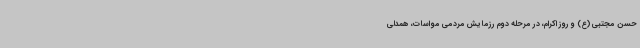
حسن مجتبی (ع) و روز اکرام، در مرحله دوم رزمایش مردمی مواسات، همدلی